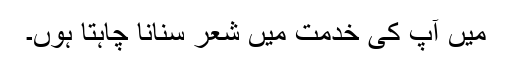
میں آپ کی خدمت میں شعر سنانا چاہتا ہوں۔